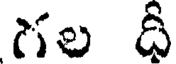
గల దీ